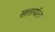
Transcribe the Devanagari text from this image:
सातार्याला